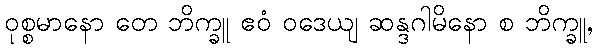
ဝုစ္စမာနော တေ ဘိက္ခူ ဧဝံ ဝဒေယျ ဆန္ဒဂါမိနော စ ဘိက္ခူ,